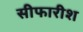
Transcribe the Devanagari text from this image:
सीफारीश